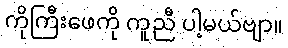
ကိုကြီးဖေကို ကူညီ ပါ့မယ်ဗျာ။